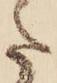
た